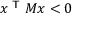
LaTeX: x ^ { \textsf { T } } M x < 0